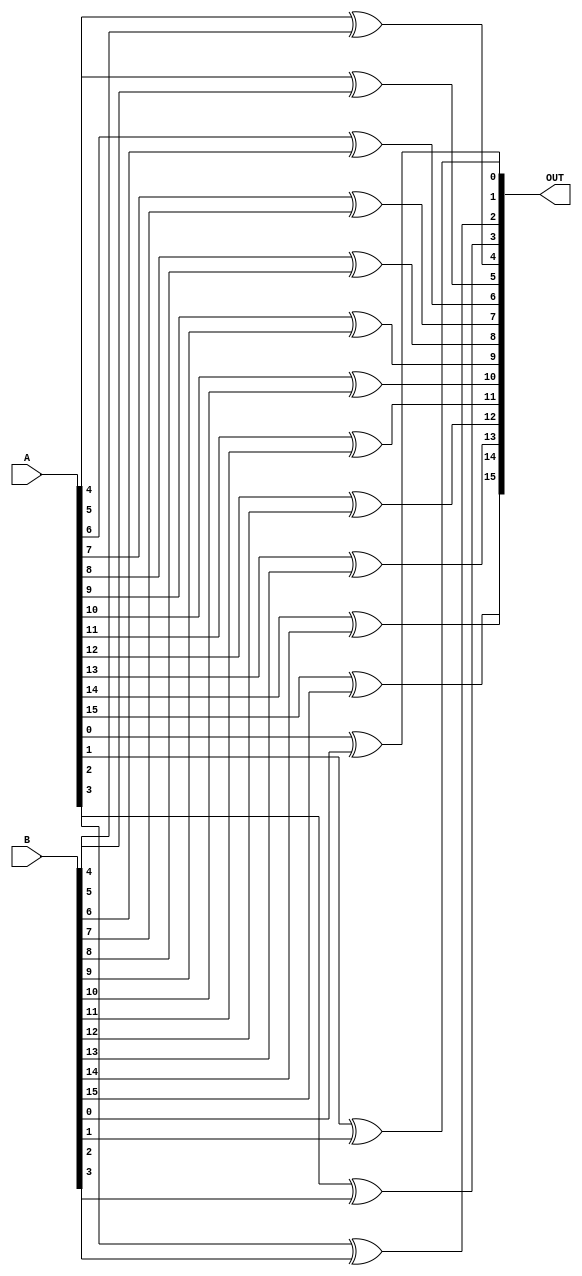
module POS_XOR(
output wire[15:0]OUT,
input wire[15:0]A,
input wire[15:0]B
    );
xor xor0(OUT[0],A[0],B[0]);    
xor xor1(OUT[1],A[1],B[1]);  
xor xor2(OUT[2],A[2],B[2]);  
xor xor3(OUT[3],A[3],B[3]);  
xor xor4(OUT[4],A[4],B[4]);    
xor xor5(OUT[5],A[5],B[5]);  
xor xor6(OUT[6],A[6],B[6]);  
xor xor7(OUT[7],A[7],B[7]); 
xor xor8(OUT[8],A[8],B[8]);    
xor xor9(OUT[9],A[9],B[9]);  
xor xor10(OUT[10],A[10],B[10]);  
xor xor11(OUT[11],A[11],B[11]); 
xor xor12(OUT[12],A[12],B[12]);    
xor xor13(OUT[13],A[13],B[13]);  
xor xor14(OUT[14],A[14],B[14]);  
xor xor15(OUT[15],A[15],B[15]); 

endmodule